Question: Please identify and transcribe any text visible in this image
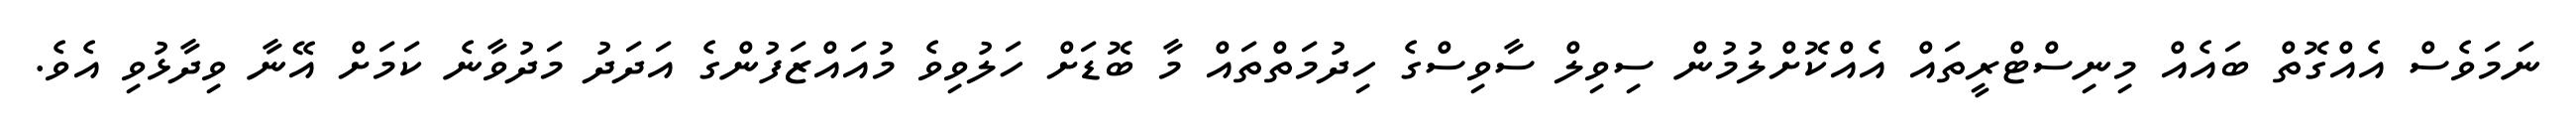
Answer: ނަމަވެސް އެއްގޮތް ބައެއް މިނިސްޓްރީތައް އެއްކޮށްލުމުން ސިވިލް ސާވިސްގެ ހިދުމަތްތައް މާ ބޮޑަށް ހަލުވިވެ މުއައްޒަފުންގެ އަދަދު މަދުވާނެ ކަމަށް އޭނާ ވިދާޅުވި އެވެ.